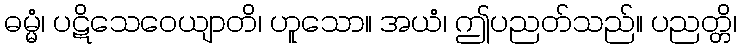
ဓမ္မံ၊ ပဋိသေဝေယျာတိ၊ ဟူသော။ အယံ၊ ဤပညတ်သည်။ ပညတ္တိ၊